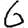
Digit: 6